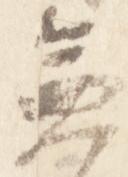
兼